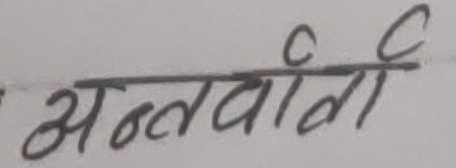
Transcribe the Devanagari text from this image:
अन्तर्वार्ता